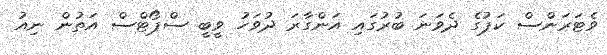
ވެޓަރަންސް ކަޕުގެ ދެވަނަ ބުރުގައި އަންގާރަ ދުވަހު ވީބީ ސްޕޯޓްސް އަތުން ނިއު